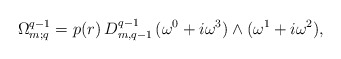
\begin{align*}\Omega^{q-1}_{m;q}=p(r)\,D^{q-1}_{m,q-1}\,(\omega^0+i\omega^3)\wedge(\omega^1+i\omega^2),\end{align*}